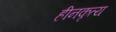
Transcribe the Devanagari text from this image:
हीनकृत्य